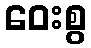
ဝေးစွ